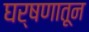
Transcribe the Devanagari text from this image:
घर्षणातून